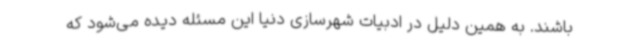
باشند. به همین دلیل در ادبیات شهرسازی دنیا این مسئله دیده می‌شود که